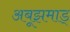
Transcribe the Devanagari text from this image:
अबूझमाड्